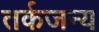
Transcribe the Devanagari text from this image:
तर्कजन्य